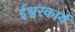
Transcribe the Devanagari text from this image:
ईश्वरकार्य